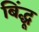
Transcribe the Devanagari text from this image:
बिंद्धू